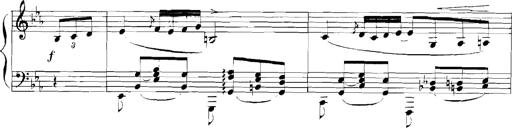
Title: Rhapsodies hongroises
Composer: Franz Liszt